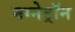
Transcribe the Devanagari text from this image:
मग्नेट्रॉन